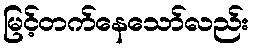
မြင့်တက်နေသော်လည်း